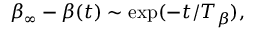
\beta _ { \infty } - \beta ( t ) \sim \mathrm { e x p } ( - t / T _ { \beta } ) ,